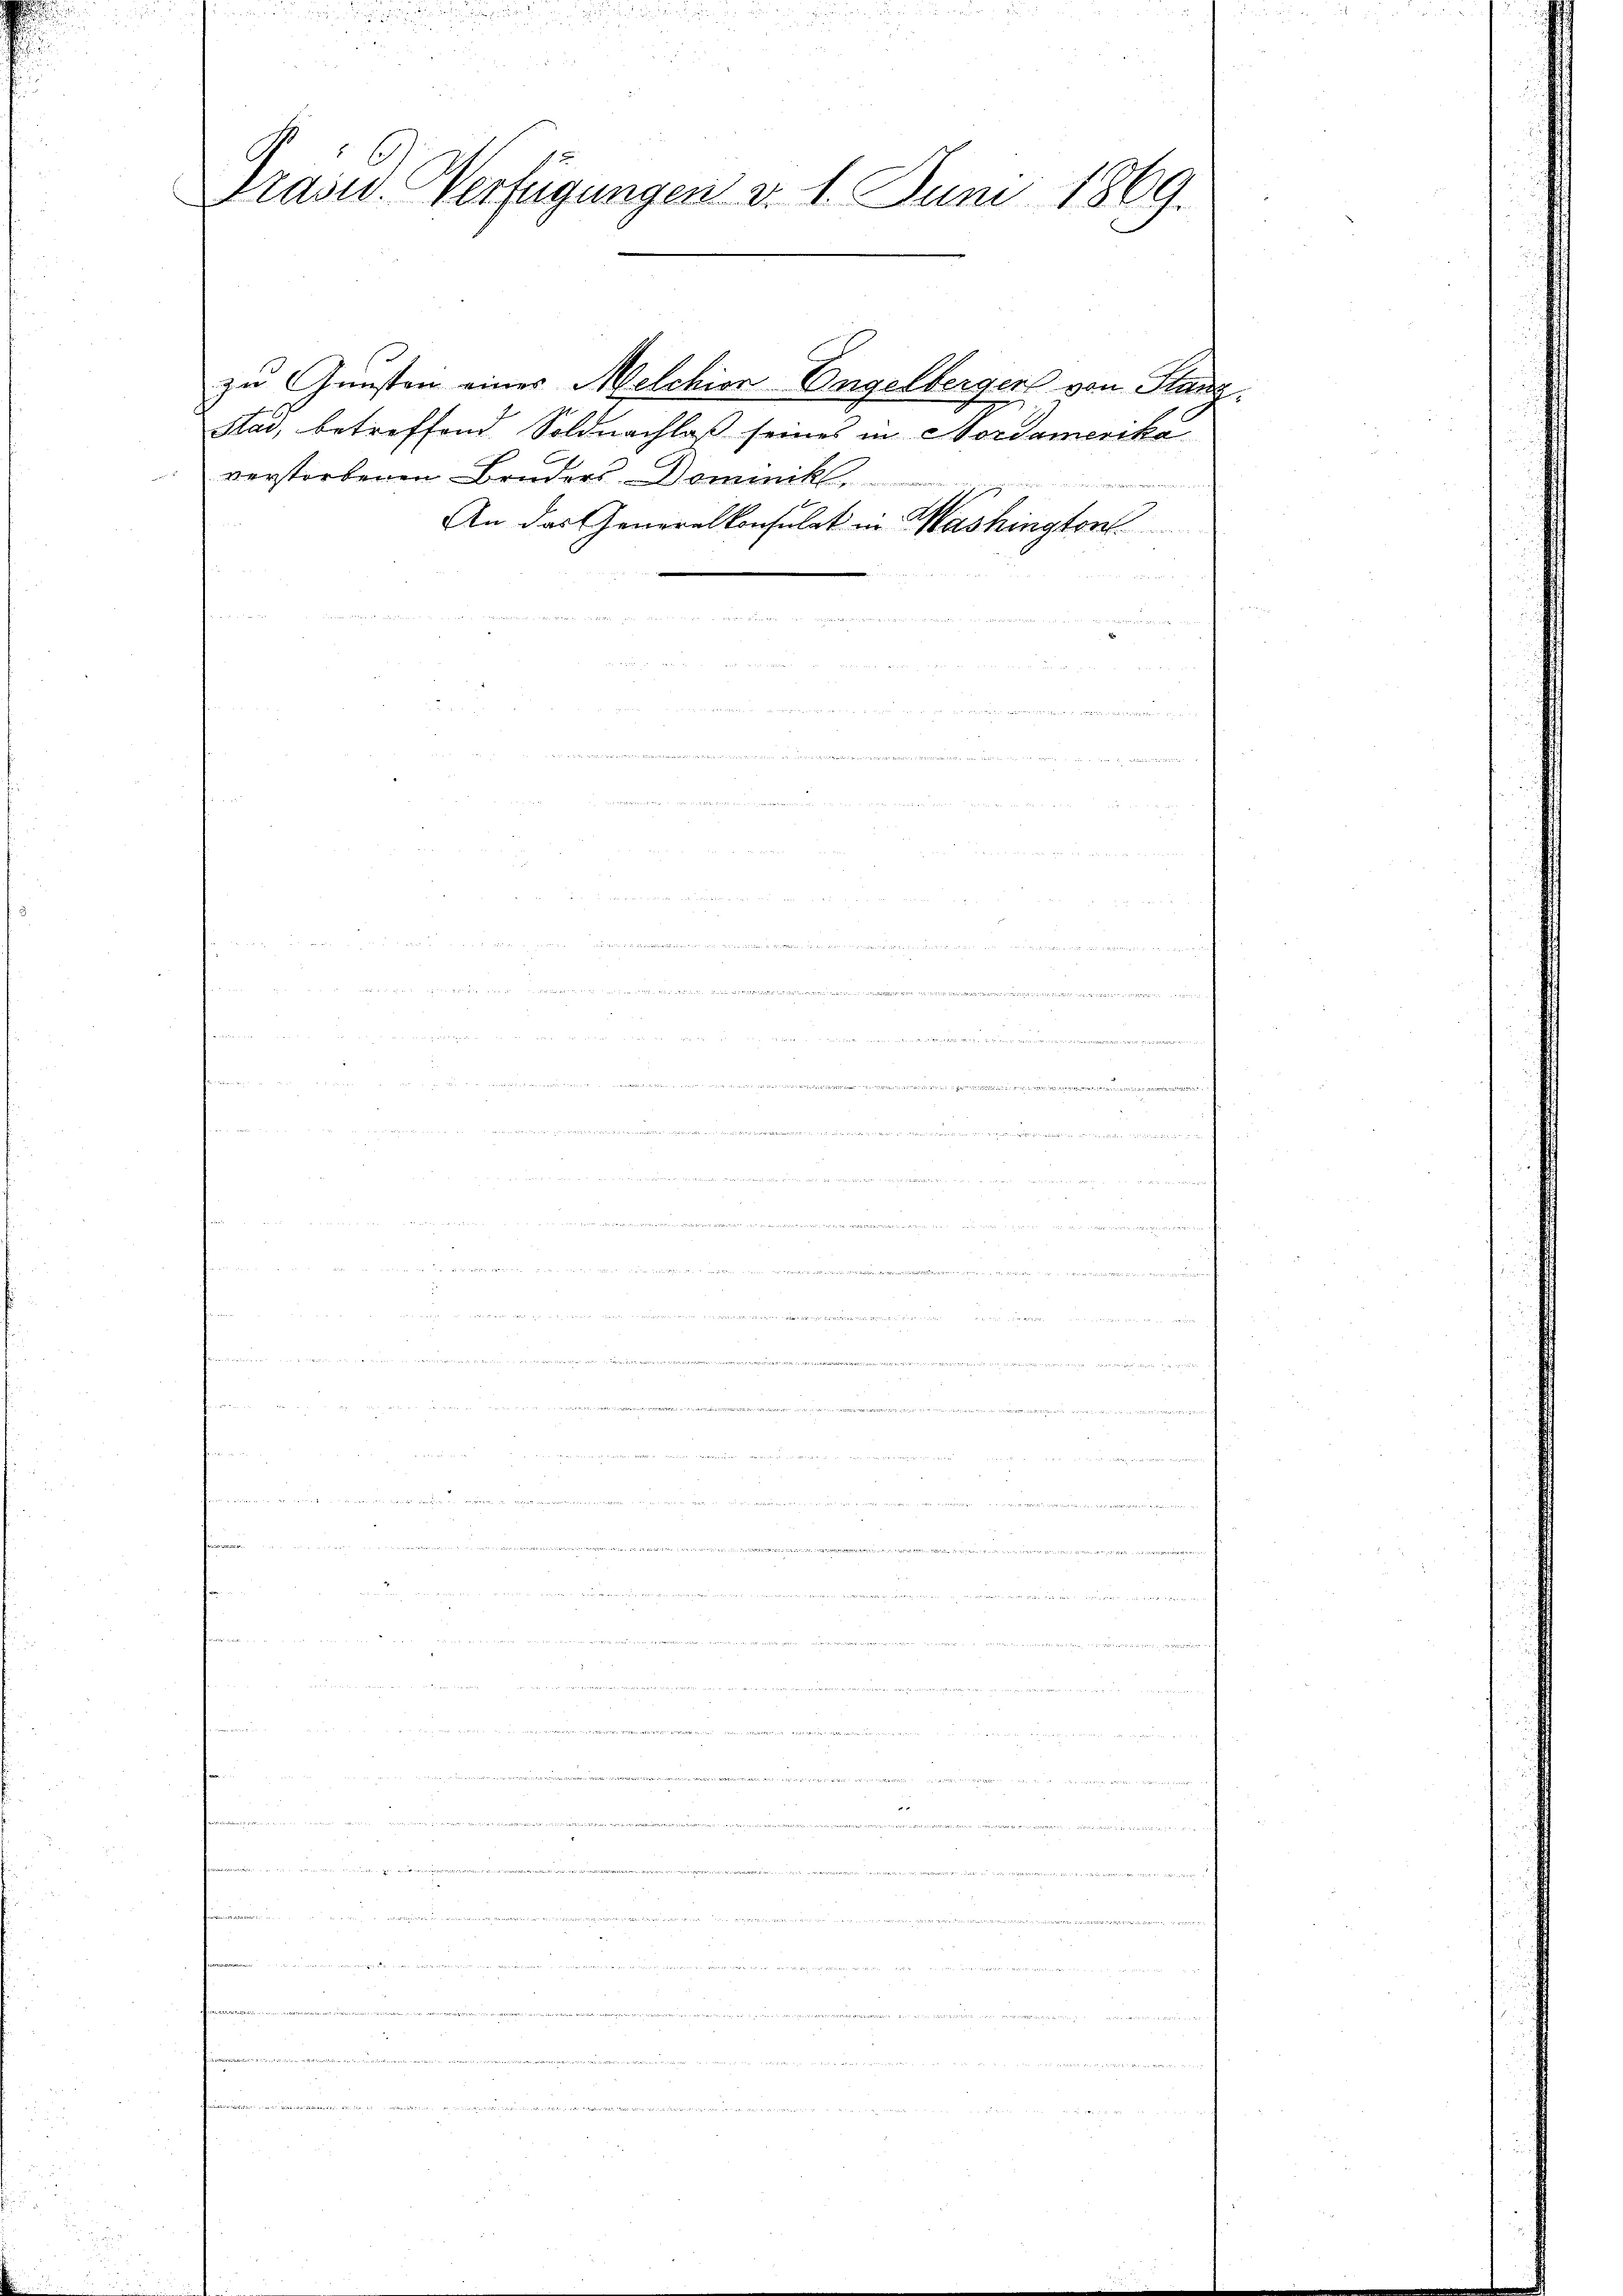
Präsid. Verfügungen d. 1. Juni 1869.

Sad, betreffend Soldnachlaß seines in Nordamerika
verstorbenen Bruders Dominik,

zu Gunsten eines Melchion Engelberger von Glanz.

An das Generalkonsulat in Washington